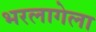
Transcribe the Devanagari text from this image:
भरलागेला